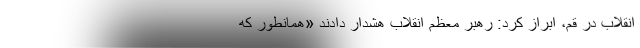
انقلاب در قم، ابراز کرد: رهبر معظم انقلاب هشدار دادند «همانطور که